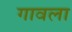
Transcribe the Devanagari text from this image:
गावला